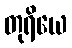
တုရိယေ